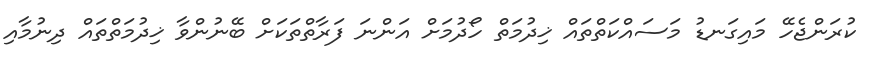
ކުރަންޖެހޭ މައިގަނޑު މަސައްކަތްތައް ޚިދުމަތް ހޯދުމަށް އަންނަ ފަރާތްތަކަށް ބޭނުންވާ ޚިދުމަތްތައް ދިނުމާއި